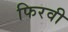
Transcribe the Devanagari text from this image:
फिरवी